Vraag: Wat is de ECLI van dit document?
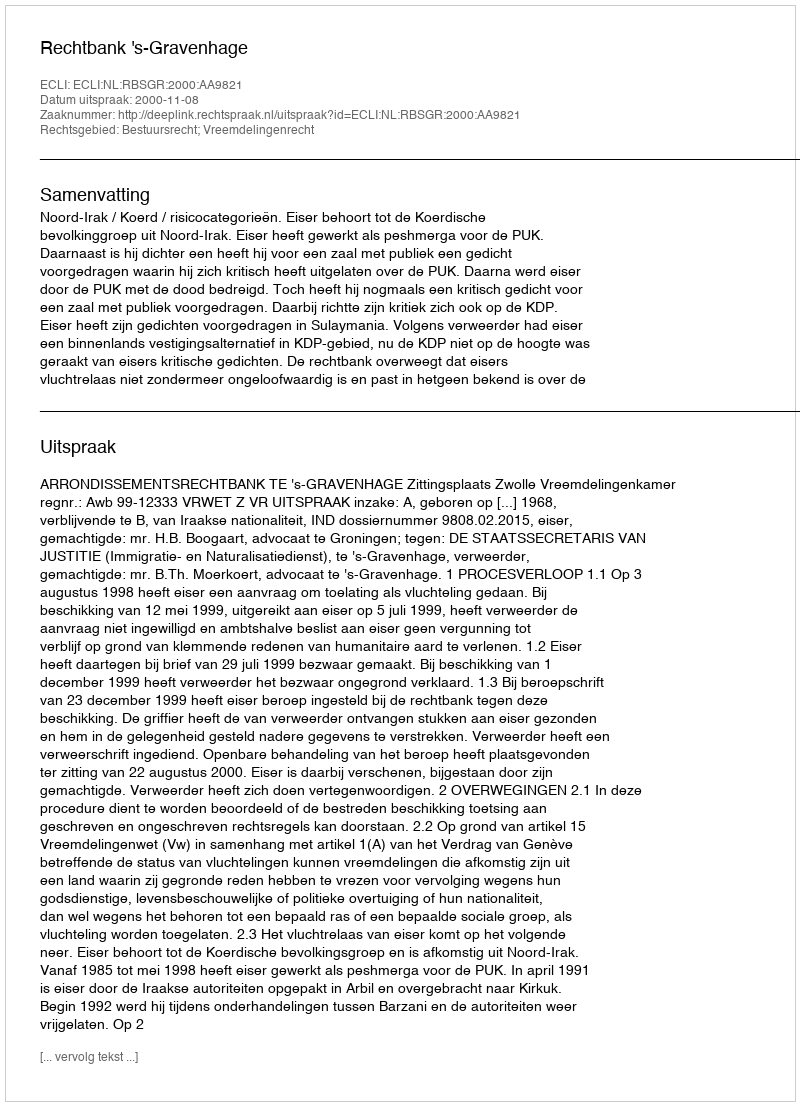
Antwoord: ECLI:NL:RBSGR:2000:AA9821